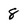
Character: 8